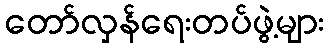
တော်လှန်ရေးတပ်ဖွဲ့များ